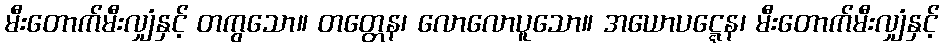
မီးတောက်မီးလျှံနှင့် တကွသော။ တတ္တေန၊ လောလောပူသော။ အယောပဋ္ဋေန၊ မီးတောက်မီးလျှံနှင့်